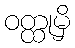
ဝတ္ထုမှိ